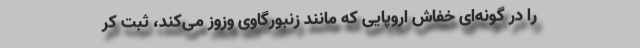
را در گونه‌ای خفاش اروپایی که مانند زنبورگاوی وزوز می‌کند، ثبت کر